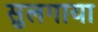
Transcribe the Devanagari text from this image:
सुलगाया